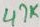
Text: 47K